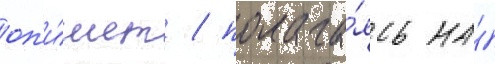
оп'и́шет / полага́ясь на́